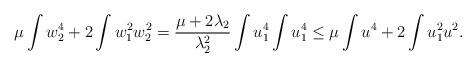
LaTeX: \begin{align*} \mu\int w_2^4+2\int w_1^2w_2^2=\frac {\mu+2\lambda_2}{\lambda_2^2}\int u_1^4\int u_1^4\leq \mu\int u^4+2\int u_1^2u^2.\end{align*}